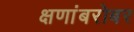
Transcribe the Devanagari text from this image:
क्षणांबरोबर